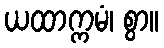
ယထာက္ကမံ၊ စွာ။